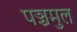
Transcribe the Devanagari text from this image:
पञ्चमुल